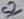
Text: S2